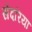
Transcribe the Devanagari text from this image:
सेंदरिया